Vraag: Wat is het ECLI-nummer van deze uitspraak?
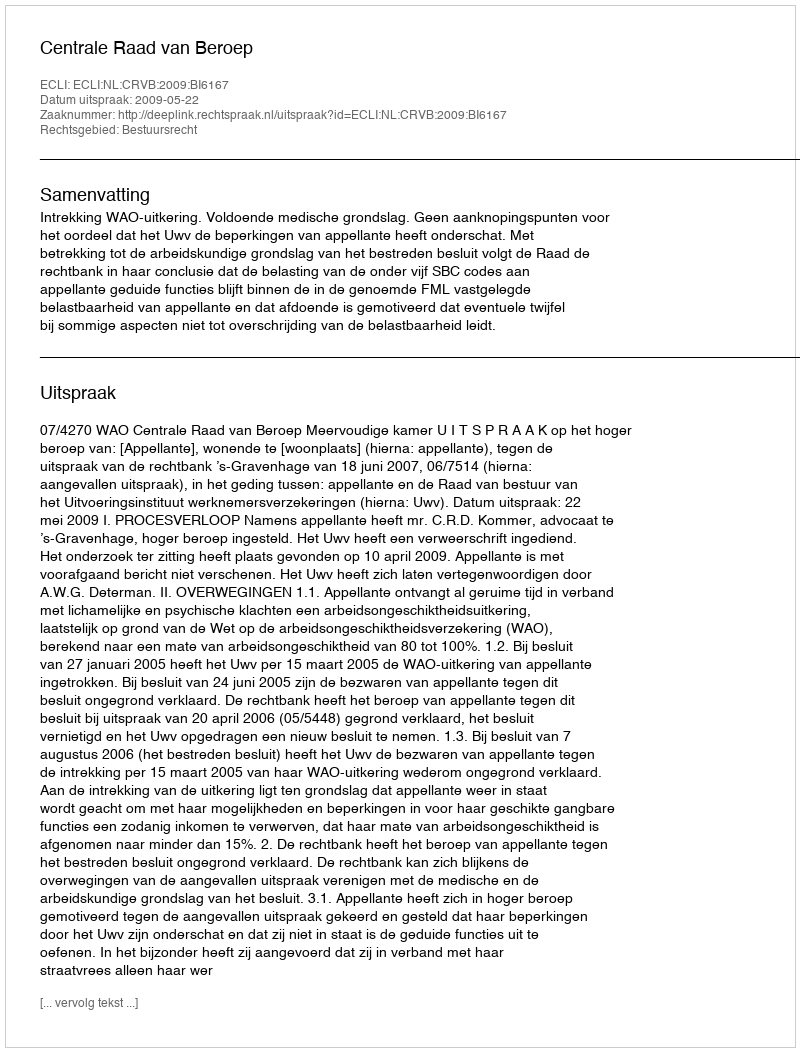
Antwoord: ECLI:NL:CRVB:2009:BI6167